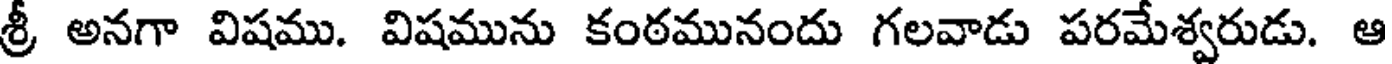
శ్రీ అనగా విషము. విషమును కంఠమునందు గలవాడు పరమేశ్వరుడు. ఆ